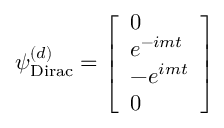
\psi _ { \mathrm { { D i r a c } } } ^ { ( d ) } = { \left[ \begin{array} { l } { 0 } \\ { e ^ { - i m t } } \\ { - e ^ { i m t } } \\ { 0 } \end{array} \right] }